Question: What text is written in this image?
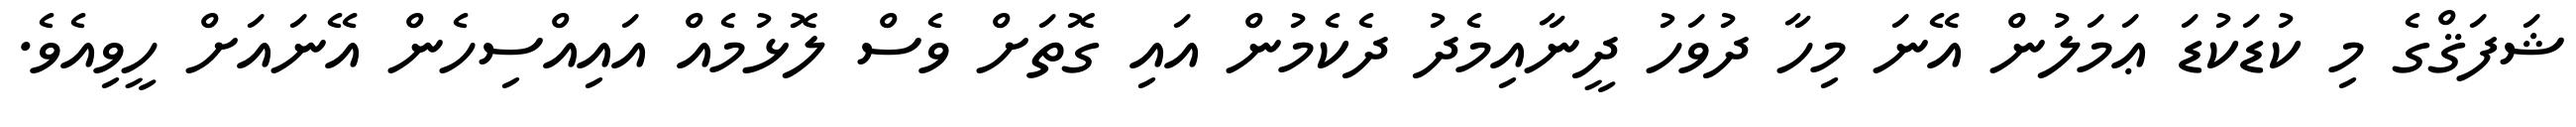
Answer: ޝަފަޤްގެ މި ކުޑަކުޑަ ޢަމަލުން އޭނަ މިހާ ދުވަހު ދީނާއިމެދު ދެކެމުން އައި ގޮތަށް ވެސް ލޮޅުމެއް އައިއްސިހެން އޭނައަށް ހީވިއެވެ.